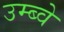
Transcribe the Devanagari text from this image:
उम्ब्वे